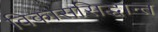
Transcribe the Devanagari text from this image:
विकाससिद्धान्त